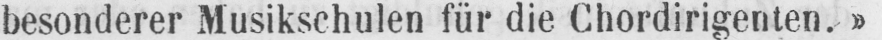
besonderer Musikschulen für die Chordirigenten.»